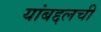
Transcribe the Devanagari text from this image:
यांबद्दलची